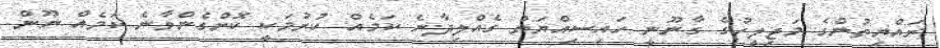
ރައްޔިތުންގެ މަޖިލީހުގެ ގާނޫނީ ހައިސިއްޔަތު ގެއްލިދާނެ ކަމެއް ކުރުމަކީ ކޮށްގެންވާނެ ކަމެއް ނޫން.